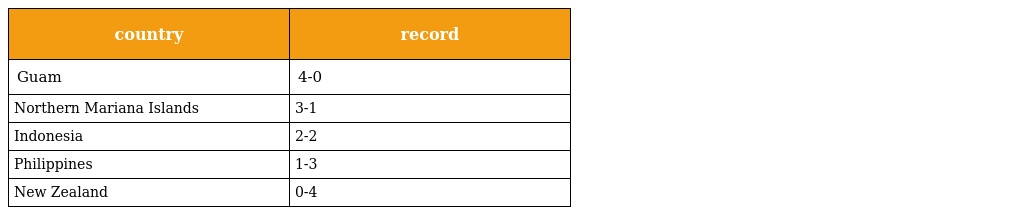
| country | record |
 | --- | --- |
 | Guam | 4-0 |
 | Northern Mariana Islands | 3-1 |
 | Indonesia | 2-2 |
 | Philippines | 1-3 |
 | New Zealand | 0-4 |